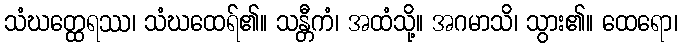
သံဃတ္ထေရဿ၊ သံဃထေရ်၏။ သန္တီကံ၊ အထံသို့။ အဂမာသိ၊ သွား၏။ ထေရော၊